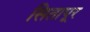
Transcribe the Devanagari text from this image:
सितापूर